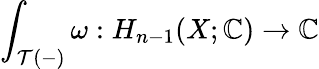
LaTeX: \int_{\mathcal{T}(-)}\omega:H_{n-1}(X;\mathbb{{C}})\to\mathbb{{C}}